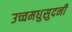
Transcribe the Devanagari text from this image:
उच्चमधुसुदनी